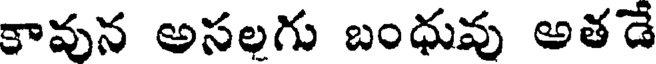
కావున అసలగు బంధువు అతడే